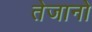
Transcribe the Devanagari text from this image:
तेजानो